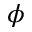
\phi